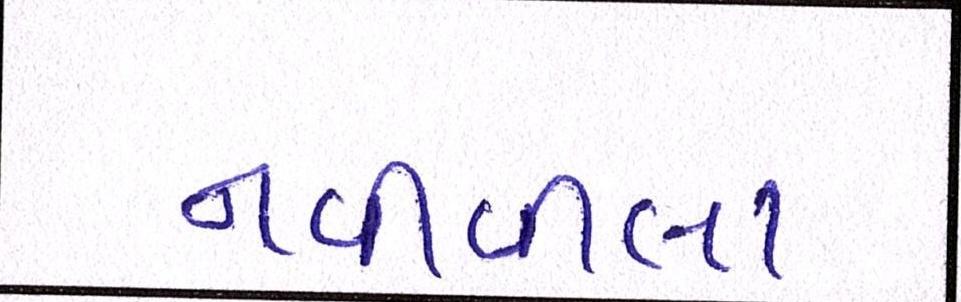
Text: નવીવાલા